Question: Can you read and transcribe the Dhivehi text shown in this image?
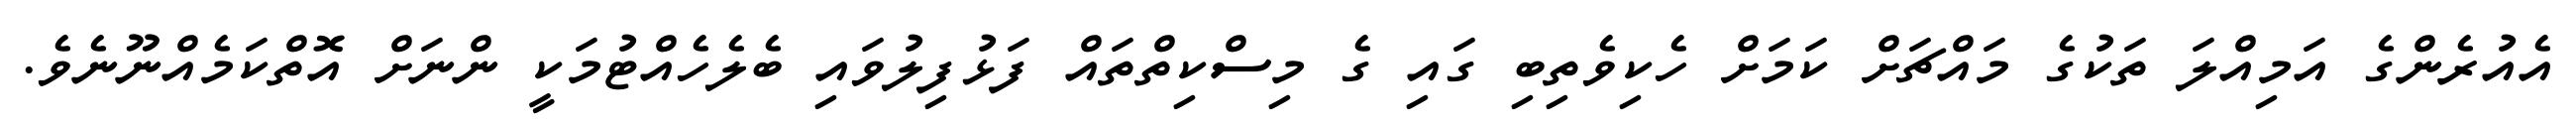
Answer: އެއުރެންގެ އަމިއްލަ ތަކުގެ މައްޗަށް ކަމަށް ހެކިވެތިބި ގައި ގެ މިސްކިތްތައް ފަޅުފިލުވައި ބެލެހެއްޓުމަކީ ންނަށް އޮތްކަމެއްނޫނެވެ.